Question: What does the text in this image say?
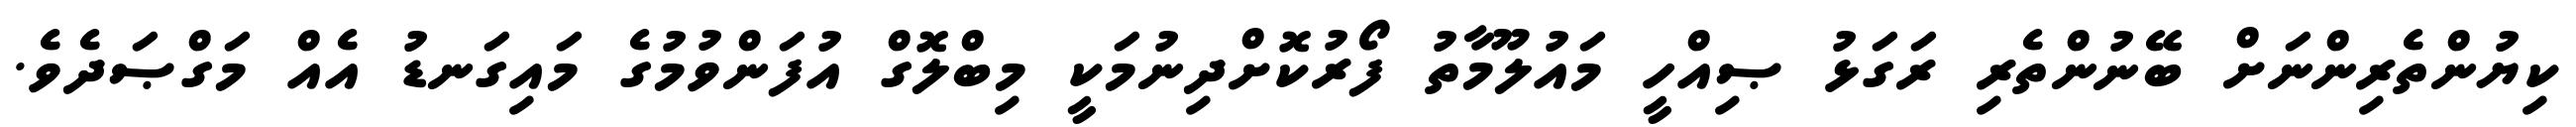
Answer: ކިޔުންތެރިންނަށް ބޭނުންތެރި ރަގަޅު ޞިއްހީ މައުލޫމާތު ފޯރުކޮށްދިނުމަކީ މިބްލޮގް އުފަންވުމުގެ މައިގަނޑު އެއް މަގްޞަދެވެ.